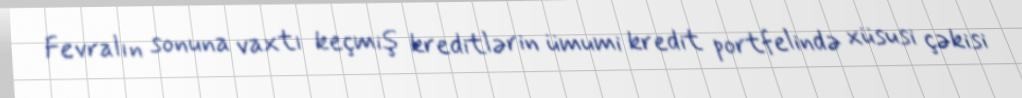
Fevralın sonuna vaxtı keçmiş kreditlərin ümumi kredit portfelində xüsusi çəkisi